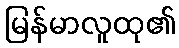
မြန်မာလူထု၏